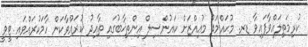
ކުރިމަތިލައްވާފައިވާ ޑރ. މުޙައްމަދު މުޢިއްޒަށް ކައުންސިލް އިންތިޚާބުގައި ތާއިދުު ކުރައްވާކަން ހާމަކުރައްވައި ޓީވީ